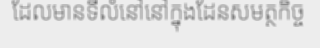
ដែលមានទីលំនៅនៅក្នុងដែនសមត្ថកិច្ច